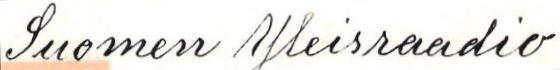
Suomen Yleisraadio